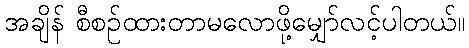
အချိန် စီစဉ်ထားတာမလောဖို့မျှော်လင့်ပါတယ်။